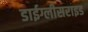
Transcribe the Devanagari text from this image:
डाईग्लीसराइड